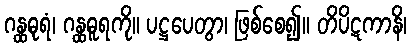
ဂန္ထဓုရံ၊ ဂန္ထဓူရကို။ ပဋ္ဌပေတွာ၊ ဖြစ်စေ၍။ တိပိဋကာနိ၊